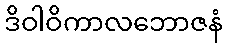
ဒိဝါဝိကာလဘောဇနံ